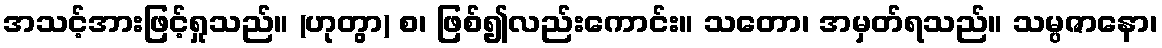
အသင့်အားဖြင့်ရှုသည်။ (ဟုတွာ) စ၊ ဖြစ်၍လည်းကောင်း။ သတော၊ အမှတ်ရသည်။ သမ္ပဇာနော၊